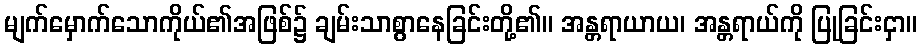
မျက်မှောက်သောကိုယ်၏အဖြစ်၌ ချမ်းသာစွာနေခြင်းတို့၏။ အန္တရာယာယ၊ အန္တရာယ်ကို ပြုခြင်းငှာ။